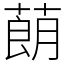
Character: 蓢